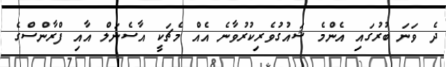
ދެ ވަނަ ބުރުގައި އެންމެ ޝައުގުވެރިކުރުވާނެ އެއް މެޗަކީ އާސެނަލް އާއި ފްރާންސްގެ